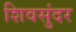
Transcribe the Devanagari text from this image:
शिवसुंदर